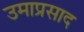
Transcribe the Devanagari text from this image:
उमाप्रसाद